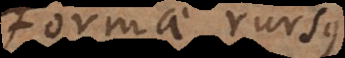
Formae rursus